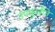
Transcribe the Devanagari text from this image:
उपकुर्वंति